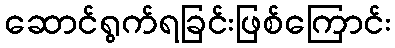
ဆောင်ရွက်ရခြင်းဖြစ်ကြောင်း